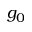
g _ { 0 }